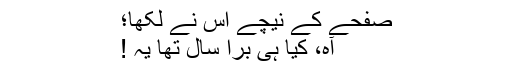
صفحے کے نیچے اس نے لکھا؛
آہ، کیا ہی برا سال تھا یہ !